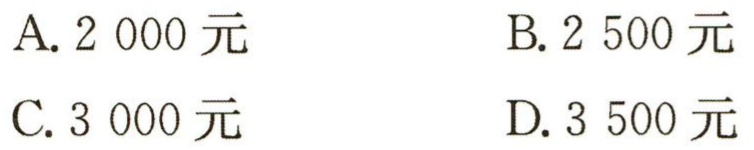
A. 2 000 元

B. 2 500 元

C. 3 000 元

D. 3 500 元